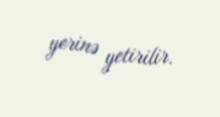
yerinə yetirilir.